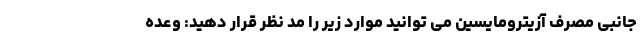
جانبی مصرف آزیترومایسین می توانید موارد زیر را مد نظر قرار دهید: وعده